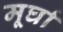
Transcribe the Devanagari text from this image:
मूर्घा